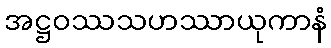
အဋ္ဌဝဿသဟဿာယုကာနံ